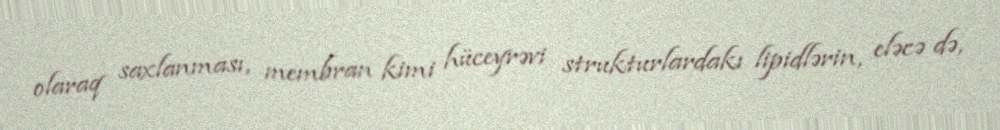
olaraq saxlanması, membran kimi hüceyrəvi strukturlardakı lipidlərin, eləcə də,